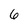
Character: 6